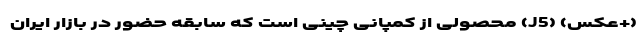
(+عکس) (J5) محصولی از کمپانی چینی است که سابقه حضور در بازار ایران